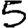
Digit: 5